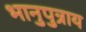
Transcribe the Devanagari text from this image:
भानुपुत्राय